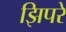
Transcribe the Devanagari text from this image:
झिपरे